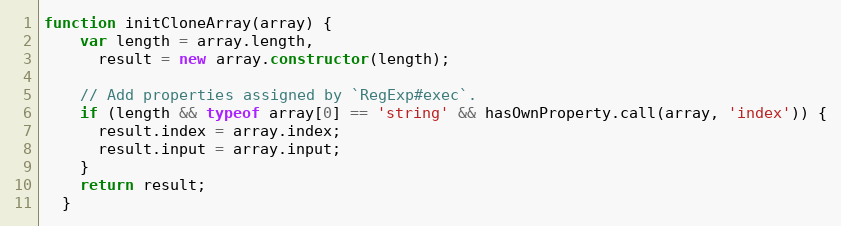
Language: JavaScript
function initCloneArray(array) {
    var length = array.length,
      result = new array.constructor(length);

    // Add properties assigned by `RegExp#exec`.
    if (length && typeof array[0] == 'string' && hasOwnProperty.call(array, 'index')) {
      result.index = array.index;
      result.input = array.input;
    }
    return result;
  }